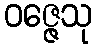
ဝဇ္ဇေသု